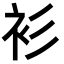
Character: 衫